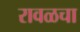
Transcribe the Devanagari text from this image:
रावळचा